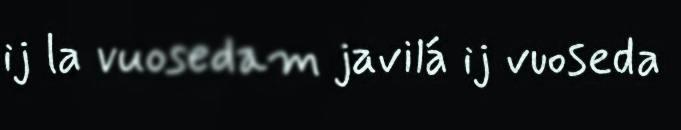
ij la vuosedam javilá ij vuoseda